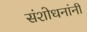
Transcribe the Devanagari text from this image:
संशोधनांनी